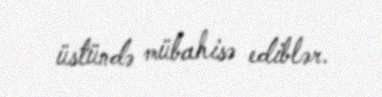
üstündə mübahisə ediblər.